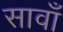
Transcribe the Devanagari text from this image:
सावाँ